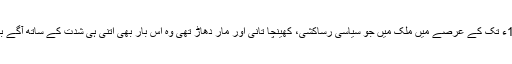
1970ء سے 1977ء تک کے عرصے میں ملک میں جو سیاسی رسّاکشی، کھینچا تانی اور مار دھاڑ تھی وہ اِس بار بھی اتنی ہی شدت کے ساتھ آگے بڑھتی نظر آرہی ہے۔